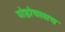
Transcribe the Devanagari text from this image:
पोहोचलाच